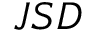
J S D